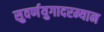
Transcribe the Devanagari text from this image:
सुवर्णयुगादरम्यान